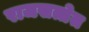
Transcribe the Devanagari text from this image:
राजसत्तेत